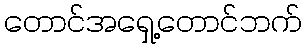
တောင်အရှေ့တောင်ဘက်